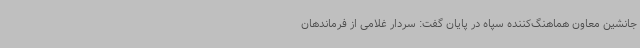
جانشین معاون هماهنگ‌کننده سپاه در پایان گفت: سردار غلامی از فرماندهان